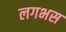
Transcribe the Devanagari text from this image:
लगभस